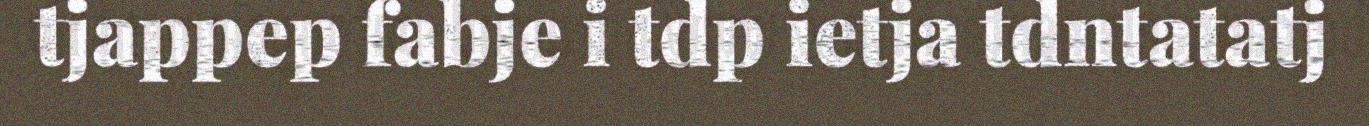
tjappep fabje i tdp ietja tdntatatj